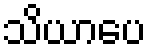
သိယာပေ